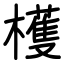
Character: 檴